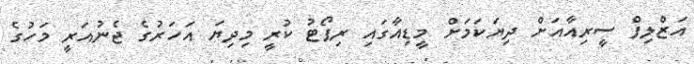
އަޒްލިފް ސީރިއާއަށް ދިޔަކަމަށް މީޑިއާގައި ރިޕޯޓު ކުރީ މިދިޔަ އަހަރުގެ ޖެނުއަރީ މަހުގެ